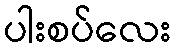
ပါးစပ်လေး